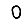
Digit: 0